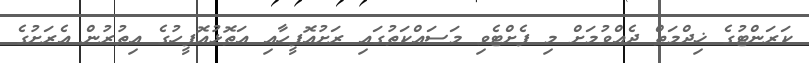
ކަރަންޓުގެ ޚިދްމަތް ދެއްވުމަށް މި ފެށްޓެވި މަސައްކަތުގައި ރަށުއޮފީހާއި އަތޮޅުއޮފީހުގެ އިތުރުން އެރަށުގެ